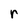
Character: r